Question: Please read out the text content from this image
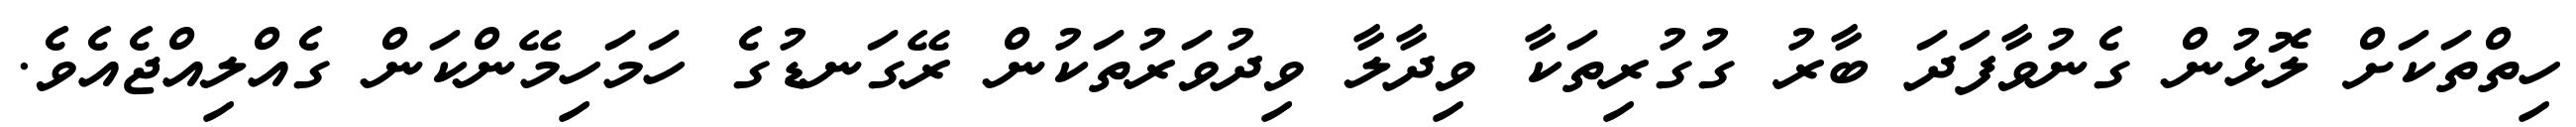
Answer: ހިތްތަކަށް ލޮޅުން ގެނުވާފަދަ ބާރު ގުގުރިތަކާ ވިދާލާ ވިދުވަރުތަކުން ރޭގަނޑުގެ ހަމަހިމޭންކަން ގެއްލިއްޖެއެވެ.